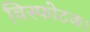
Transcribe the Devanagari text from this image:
विस्फोटक।